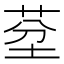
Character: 𦯀